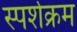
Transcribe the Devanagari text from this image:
स्पर्शक्रम